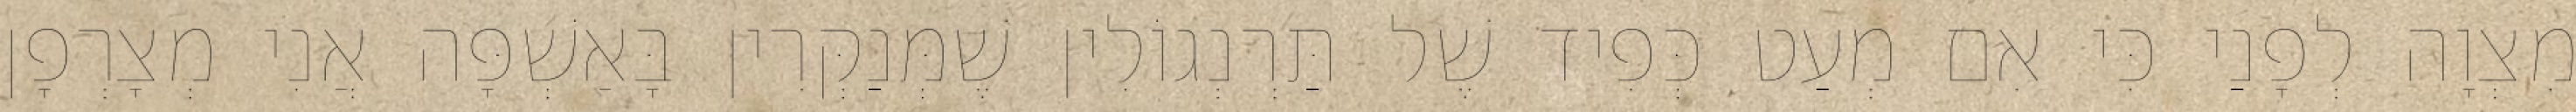
מִצְוָה לְפָנַי כִּי אִם מְעַט כְּפִיד שֶׁל תַּרְנְגוֹלִין שֶׁמְּנַקְּרִין בָּאַשְׁפָּה אֲנִי מְצָרְפָן